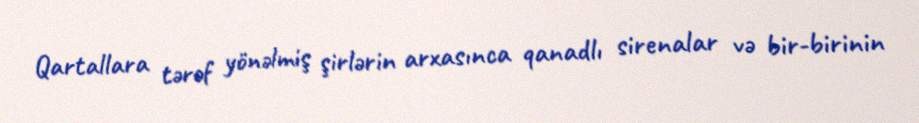
Qartallara tərəf yönəlmiş şirlərin arxasınca qanadlı sirenalar və bir-birinin